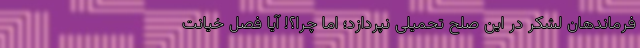
فرماندهان لشکر در این صلح تحمیلی نپردازد؛ اما چرا؟! آیا فصل خیانت